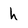
Character: h